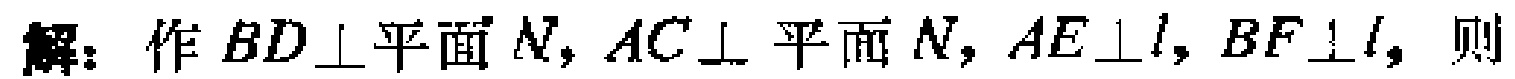
解：作 \(BD\perp\)平面 \(N\)，\(AC\perp\)平面 \(N\)，\(AE\perp l\)，\(BF\perp l\)，则